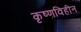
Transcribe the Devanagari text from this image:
कृष्णविहीन